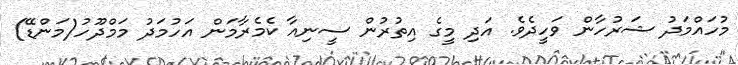
މުހައްމަދު ޝަރުހާން ވަހީދެވެ. އަދި މީގެ އިތުރުން ސީނިއާ ކެމެރާމަން އަހުމަދު މަމްދޫހު(މަންޑޭ)